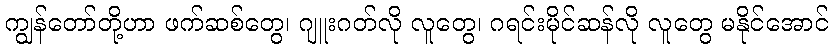
ကျွန်တော်တို့ဟာ ဖက်ဆစ်တွေ၊ ဂျူးဂတ်လို လူတွေ၊ ဂရင်းမိုင်ဆန်လို လူတွေ မနိုင်အောင်